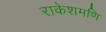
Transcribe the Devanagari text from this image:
राकेशमणि